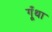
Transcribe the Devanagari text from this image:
गूँथा